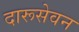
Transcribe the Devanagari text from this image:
दारूसेवन